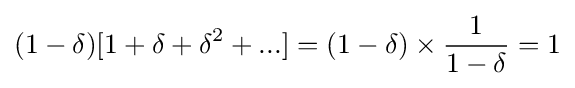
(1-\delta )[1+\delta +\delta ^{2}+...]=(1-\delta )\times {\frac {1}{1-\delta }}=1